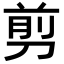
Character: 剪